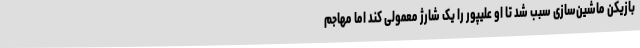
بازیکن ماشین‌سازی سبب شد تا او علیپور را یک شارژ معمولی کند اما مهاجم